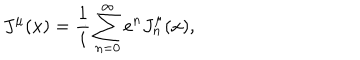
J ^ { \mu } ( x ) = \frac 1 i \sum _ { n = 0 } ^ { \infty } e ^ { n } J _ { n } ^ { \mu } ( x ) ,